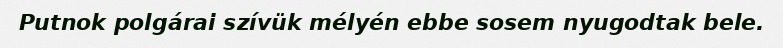
Putnok polgárai szívük mélyén ebbe sosem nyugodtak bele.